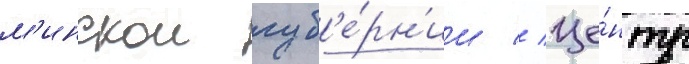
м'инскои губ'е́рн'ии // Це́нтр